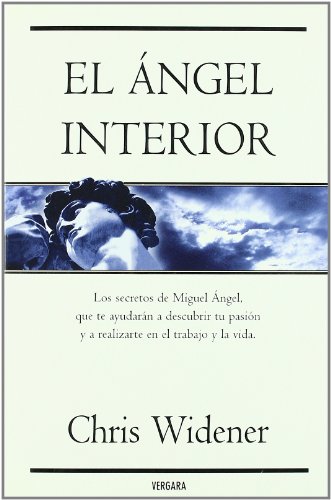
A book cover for ANGEL INTERIOR, EL (Spanish Edition); CHRIS WIDENER; Education & Teaching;